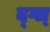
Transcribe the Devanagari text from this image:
द्ग्ल्